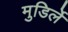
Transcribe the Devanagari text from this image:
मुडिर्ले